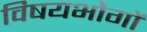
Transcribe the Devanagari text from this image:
विषयभोगों